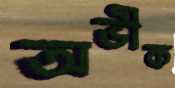
অভীক